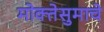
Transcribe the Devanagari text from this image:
मोक्तेसुमाचे